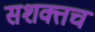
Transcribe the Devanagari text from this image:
सशक्तच